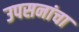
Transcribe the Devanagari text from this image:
उपसनांचा